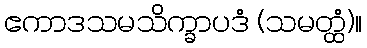
ဧကာဒသမသိက္ခာပဒံ (သမတ္ထံ)။